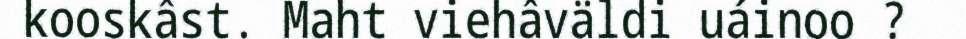
kooskâst. Maht viehâväldi uáinoo ?